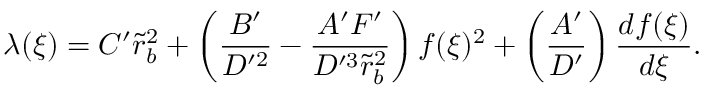
\lambda ( \xi ) = C ^ { \prime } \tilde { r } _ { b } ^ { 2 } + \left( \frac { B ^ { \prime } } { D ^ { \prime 2 } } - \frac { A ^ { \prime } F ^ { \prime } } { D ^ { \prime 3 } \tilde { r } _ { b } ^ { 2 } } \right) f ( \xi ) ^ { 2 } + \left( \frac { A ^ { \prime } } { D ^ { \prime } } \right) \frac { d f ( \xi ) } { d \xi } .